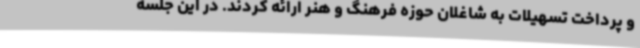
و پرداخت تسهیلات به شاغلان حوزه فرهنگ و هنر ارائه کردند. در این جلسه